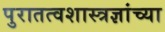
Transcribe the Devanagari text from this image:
पुरातत्वशास्त्रज्ञांच्या